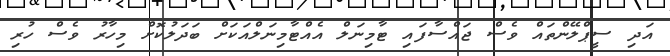
އަދި ސީޕްލޭންތައް ވެސް ޖައްސާފައި ޓާމިނަލް އެއްޓާމިނަލްއަކަށް ބަދަލުކޮށް މިހާރު ވެސް ހުރި